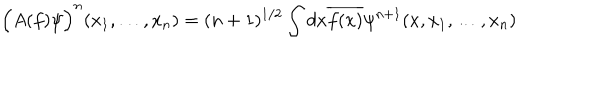
LaTeX: \Big ( A ( f ) \psi \Big ) ^ { n } ( x _ { 1 } , \ldots , x _ { n } ) = ( n + 1 ) ^ { 1 / 2 } \int d x \overline { { { f ( x ) } } } \psi ^ { n + 1 } ( x , x _ { 1 } , \ldots , x _ { n } )